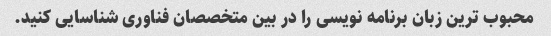
محبوب ترین زبان برنامه نویسی را در بین متخصصان فناوری شناسایی کنید.